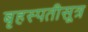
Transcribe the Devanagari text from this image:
बृहस्पतीसूत्र